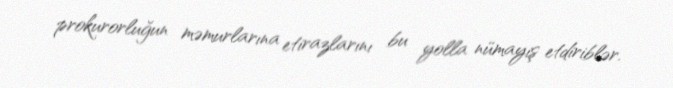
prokurorluğun məmurlarına etirazlarını bu yolla nümayiş etdiriblər.